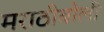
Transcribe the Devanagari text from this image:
मराठीबोली